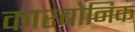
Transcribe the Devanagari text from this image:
कारबोनिक